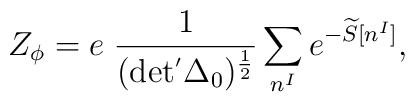
Z_{\phi}=e \; \frac{1}{ (\rm det^{'}\Delta_{0})^{ \frac{1}{2} }}\sum_{n^{I} } e^{-\widetilde{S}[n^{I}]},